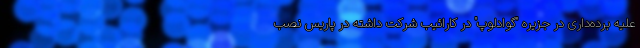
علیه برده‌داری در جزیره "گوادلوپ" در کارائیب شرکت داشته در پاریس نصب